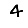
Digit: 4